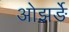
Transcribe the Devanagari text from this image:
ओझर्ङे